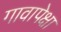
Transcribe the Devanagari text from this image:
गावापेक्षा